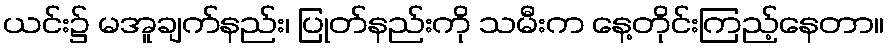
ယင်း၌ မအူချက်နည်း၊ ပြုတ်နည်းကို သမီးက နေ့တိုင်းကြည့်နေတာ။